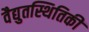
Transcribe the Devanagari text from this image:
वैद्युतस्थितिकी